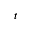
t